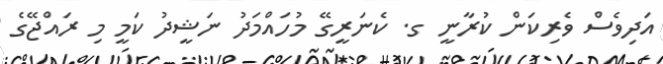
އަދިވެސް ވެރިކަން ކުރާނީ ގ. ކެނަރީގޭ މުހައްމަދު ނަޝީދު ކަމީ މި ރައްޖޭގެ